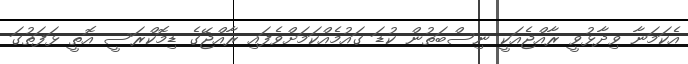
އެކަމަނާ ވިދާޅުވީ ރާއްޖެއަކީ ނިސްބަތުން ކުޑަ ގައުމެއްކަމަށްވެފައި ރާއްޖޭގެ ޑިމޮކްރަސީ އޮތީ ޅަފަތުގަ